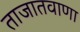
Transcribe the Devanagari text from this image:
ताजातवाणा